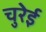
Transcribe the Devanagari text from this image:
चुरेई